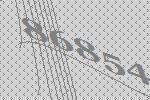
86854